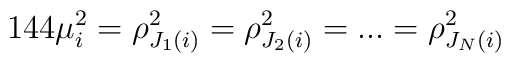
144 \mu _i^2= \rho_{J_1(i)}^2= \rho_{J_2(i)}^2=...= \rho_{J_N(i)}^2